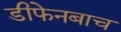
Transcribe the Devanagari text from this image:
डीफेनबाच